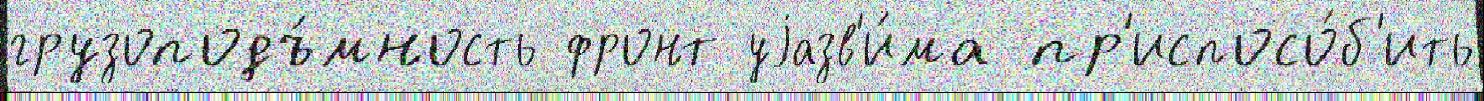
грузоподъ́мность фронт уjазв'и́ма пр'испосо́б'ить